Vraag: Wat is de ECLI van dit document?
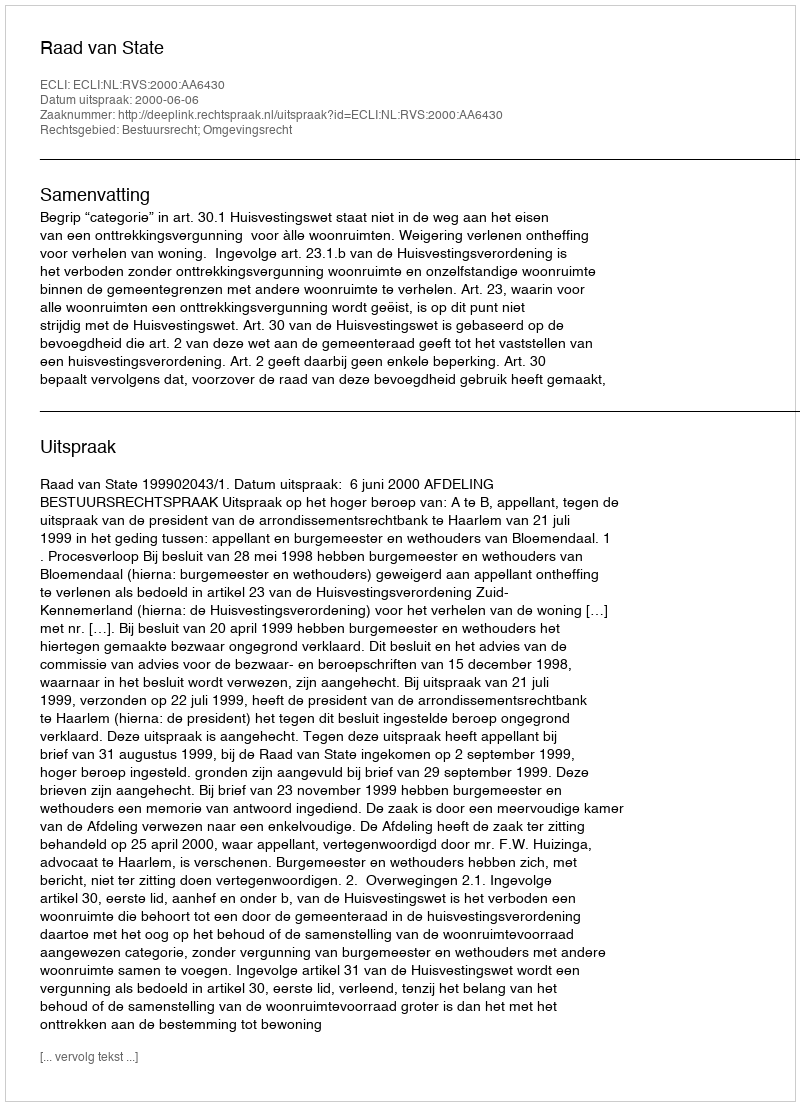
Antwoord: ECLI:NL:RVS:2000:AA6430